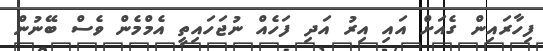
ފިހާރައިން ގެއަށް އައި އިރު އަދި ފަހެއް ނުޖަހައިތީ އެމްމެން ވެސް ބޭނުން